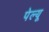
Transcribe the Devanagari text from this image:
पेल्यू